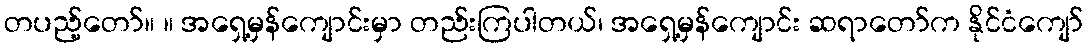
တပည့်တော်။ ။ အရှေ့မှန်ကျောင်းမှာ တည်းကြပါတယ်၊ အရှေ့မှန်ကျောင်း ဆရာတော်က နိုင်ငံကျော်